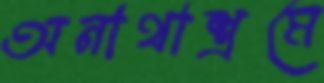
অনাথাশ্রমে